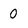
Character: 0